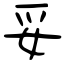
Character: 妥